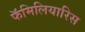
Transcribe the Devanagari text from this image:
फॅमिलियारिस